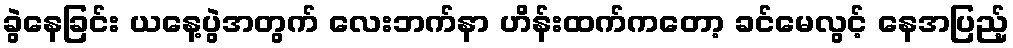
ခွဲနေခြင်း ယနေ့ပွဲအတွက် လေးဘက်နာ ဟိန်းထက်ကတော့ ခင်မေလွင့် နေအပြည့်